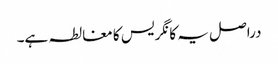
دراصل یہ کانگریس کا مغالطہ ہے۔